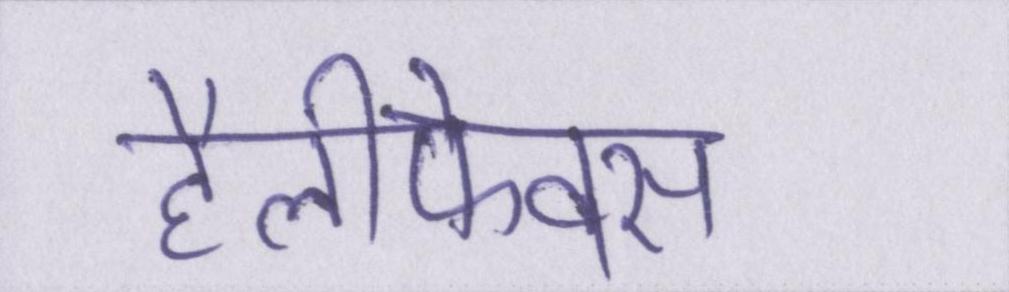
हैलीफेक्स